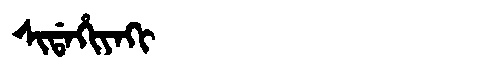
Manchu: ᠰᡳᡩᠠᡥᡳᠶᠠᡴᡳ
Romanization: SIDAHIYAKI